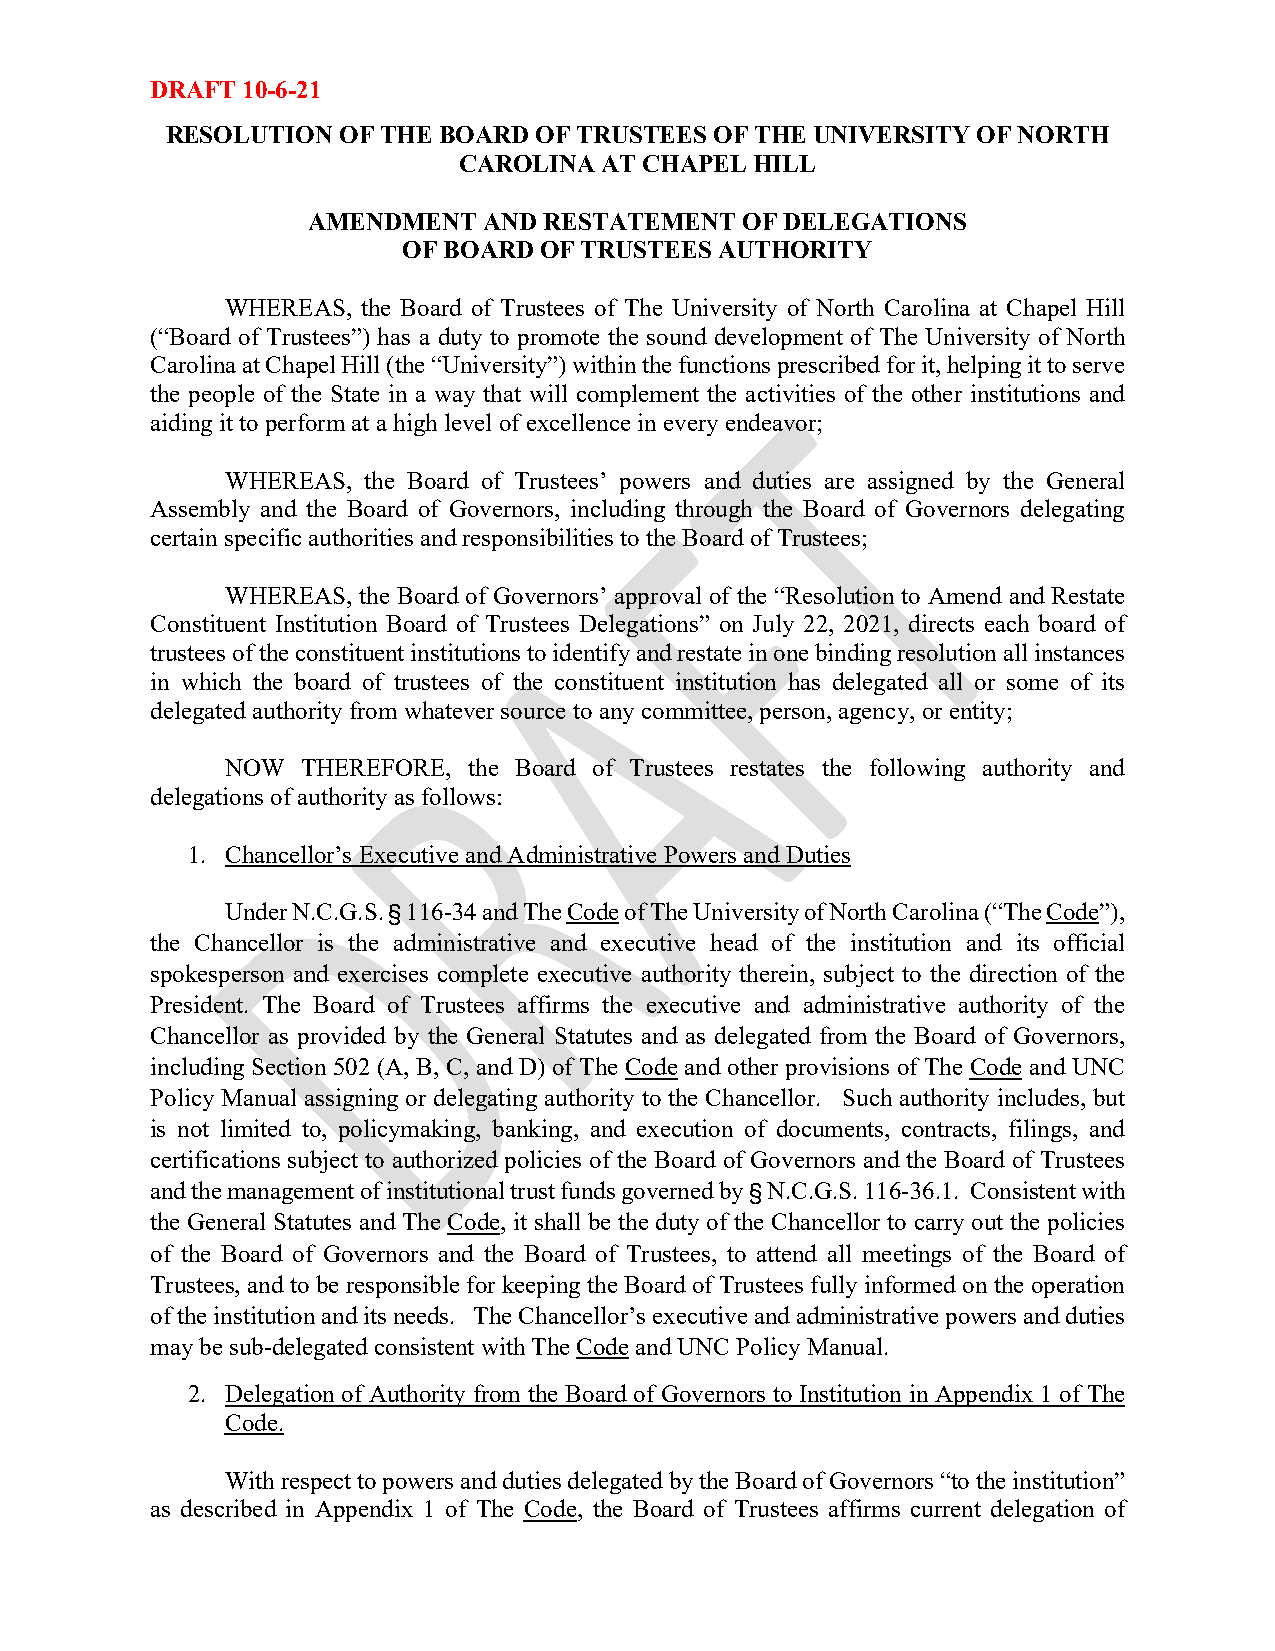
DRAFT 10-6-21
 RESOLUTION OF THE BOARD OF TRUSTEES OF THE UNIVERSITY OF NORTH
 CAROLINA  AT CHAPEL HILL
 AMENDMENT   AND RESTATEMENT  OF DELEGATIONS
 OF BOARD OF TRUSTEES AUTHORITY
 WHEREAS, the Board of Trustees of The University of North Carolina at Chapel Hill
 (“Board of Trustees”) has a duty to promote the sound development of The University of North
 Carolina at Chapel Hill (the “University”) within the functions prescribed for it, helping it to serve
 the people of the State in a way that will complement the activities of the other institutions and
 aiding it to perform at a high level of excellence in every endeavor;
 WHEREAS, the Board of Trustees’ powers and duties are assigned by the General
 Assembly and the Board of Governors, including through the Board of Governors delegating
 certain specific authorities and responsibilities to the Board of Trustees;
 WHEREAS, the Board of Governors’ approval of the “Resolution to Amend and Restate
 Constituent Institution Board of Trustees Delegations” on July 22, 2021, directs each board of
 trustees of the constituent institutions to identify and restate in one binding resolution all instances
 in which the board of trustees of the constituent institution has delegated all or some of its
 delegated authority from whatever source to any committee, person, agency, or entity;
 NOW  THEREFORE, the Board of Trustees restates the following authority and
 delegations of authority as follows:
 1. Chancellor’s Executive and Administrative Powers and Duties
 Under N.C.G.S. § 116-34 and The Code of The University of North Carolina (“The Code”),
 the Chancellor is the administrative and executive head of the institution and its official
 spokesperson and exercises complete executive authority therein, subject to the direction of the
 President. The Board of Trustees affirms the executive and administrative authority of the
 Chancellor as provided by the General Statutes and as delegated from the Board of Governors,
 including Section 502 (A, B, C, and D) of The Code and other provisions of The Code and UNC
 Policy Manual assigning or delegating authority to the Chancellor. Such authority includes, but
 is not limited to, policymaking, banking, and execution of documents, contracts, filings, and
 certifications subject to authorized policies of the Board of Governors and the Board of Trustees
 and the management of institutional trust funds governed by § N.C.G.S. 116-36.1. Consistent with
 the General Statutes and The Code, it shall be the duty of the Chancellor to carry out the policies
 of the Board of Governors and the Board of Trustees, to attend all meetings of the Board of
 Trustees, and to be responsible for keeping the Board of Trustees fully informed on the operation
 of the institution and its needs. The Chancellor’s executive and administrative powers and duties
 may be sub-delegated consistent with The Code and UNC Policy Manual.
 2. Delegation of Authority from the Board of Governors to Institution in Appendix 1 of The
 Code.
 With respect to powers and duties delegated by the Board of Governors “to the institution”
 as described in Appendix 1 of The Code, the Board of Trustees affirms current delegation of